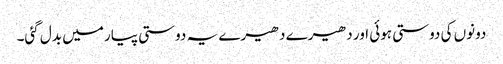
دونوں کی دوستی ہوئی اور دھیرے دھیرے یہ دوستی پیار میں بدل گئی۔